Medical and sanitary report of the native army of Bengal for the year
Year: 1878
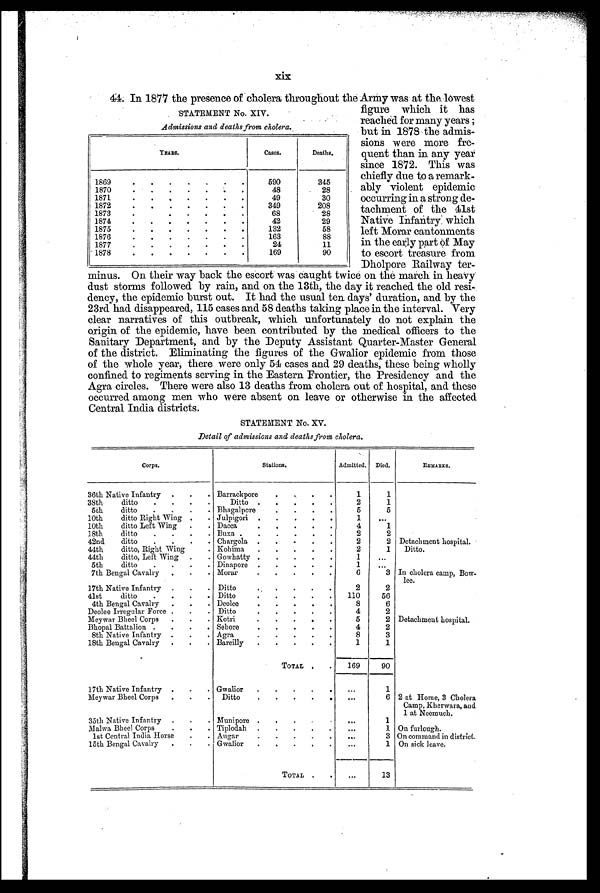
xix
44. In 1877 the presence of cholera throughout the Army was at the lowest
STATEMENT No. XIV .
Admissions and deaths from cholera.
figure which it has
reached for many years;
but in 1878 the admis-
sions were more fre-
quent than in any year
since 1872. This was
chiefly due to a remark-
ably violent epidemic
occurring in a strong de-
tachment of the 41st
Native Infantry: which
left Morar cantonments
in the early part of May
to escort treasure from
Dholpore Railway ter-
minus. On their way back the escort was caught twice on the march in heavy
dust storms followed by rain, and on the 13th, the day it reached the old resi-
dency, the epidemic burst out. It had the usual ten days' duration, and by the
23rd. had disappeared, 115 cases and 58 deaths taking place in the interval. Very
clear narratives of this outbreak, which unfortunately do not explain the
origin of the epidemic, have been contributed by the medical officers to the
Sanitary Department, and by the Deputy Assistant Quarter-Master General
of the district. Eliminating the figures of the Gwalior epidemic from those
of the whole year, there were only 54 cases and 29 deaths, these being wholly
confined to regiments serving in the Eastern Frontier, the Presidency and the
Agra circles. There were also 13 deaths from cholera out of hospital, and these
occurred among men who were absent on leave or otherwise in the affected
Central India districts.
STATEMENT No. XV.
Detail of admissions and deaths from cholera.
Corps.
Stations.
Admitted. Died.
REMARKS.
36th Native Infantry
.
.
. Barrackpore
. . . .
1
1
38th
ditto
.
.
.
.
Ditto .
.
.
.
.
2
1
5th
ditto
.
.
.
. Bhagalpore
.
.
.
.
5
5
10th
ditto Right Wing
. . Julpigori .
.
.
.
.
1
. . .
10th
ditto Left Wing
.
. Dacca
.
. . . .
4
1
18th
ditto
.
.
.
. Buxa
.
.
.
.
.
2
2
42nd
ditto
.
.
.
.
Chargola .
.
.
.
.
2
2 Detachment hospital.
44th
ditto, Right. Wing . Kohima
.
.
.
.
.
2
1
Ditto.
44th
ditto, Left Wing
.
. Gowhatty .
.
.
.
.
1
...
5th
ditto
.
.
.
. Dinapore .
.
.
.
.
1
...
7th Bengal Cavalry
.
.
. Morar
.
.
.
.
.
6
3 In cholera camp, Bow-
lee.
17th Native Infantry .
.
. Ditto
.
.
.
. .
2
2
41st
ditto
.
.
.
. Ditto
.
.
.
.
.
110
56
4th Bengal Cavalry
.
.
. Deolee
.
.
.
. .
8
6
Deolee Irregular Force .
.
. Ditto
.
.
.
.
.
4
2
Meywar Bheel Corps
.
.
. Kotri
.
.
.
.
.
5
2 Detachment hospital.
Bhopal Battalion .
.
.
. Sehore
.
.
.
.
.
4
2
8th Native Infantry .
.
. Agra
.
.
.
.
.
8
3
18th Bengal Cavalry
.
.
. Bareilly
.
.
.
.
.
1
1
TOTAL .
.
169
90
17th Native Infantry .
.
. Gwalior
.
.
.
.
.
...
1
Meywar Bheel Corps
.
. . Ditto
.
.
.
. .
...
6 2 at Home, 3 Cholera
Camp, Kherwara, and
1 at Neemuch.
35th Native Infantry
.
.
. Munipore .
.
.
.
.
...
1
Malwa Bheel Corps
.
.
. Tiplodah
.
.
.
.
.
...
1 On furlough.
1st Central India Horse
.
. Augar
.
.
.
.
.
. . .
3 On command in district.
15th Bengal Cavalry
.
.
. Gwalior
.
. . . .
...
1 On sick leave.
TOTAL .
.
...
13
YEARS.
Cases.
Deaths.
1869
.
.
.
. . .
.
590
345
1870
.
.
.
.
.
. .
48
28
1871
. . . . . . .
49
30
1872
. . . . . .
.
349
208
1873 .
. . . . .
68
28
1874
.
.
. . . .
42
29
1875
. . . . . . .
132
58
1876.
. . . . . .
163
88
1877
. . . . . . .
24
11
1878
. . . . .
.
.
169
90